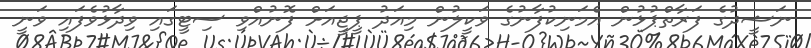
ނަޝީދުގެ ފަރާތްޕުޅުން އެމަނިކުފާނުގެ ވަކީލުން މިއަދު ޕީޖީއަށް ފޮނުއްވި ސިޓީގައި ވިދާޅުވެފައި ވަނީ